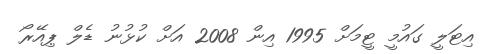
އިޓަލީ ގައުމީ ޓީމަށް 1995 އިން 2008 އަށް ކުޅުނު ޑެލް ޕިއޭރޯ